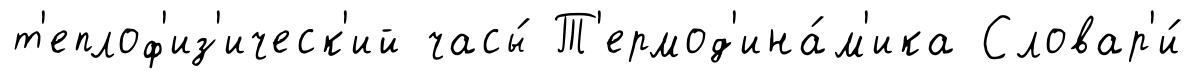
т'еплоф'из'ическ'ий часы́ Т'ермод'ина́м'ика Словар'и́